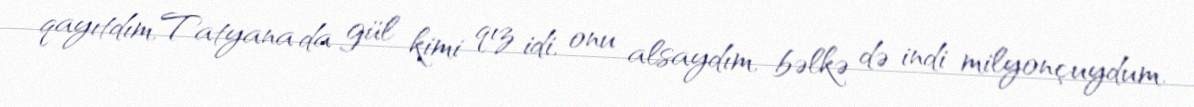
qayıtdım,Tatyana da gül kimi qız idi, onu alsaydım, bəlkə də indi milyonçuydum.